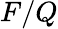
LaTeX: F/Q